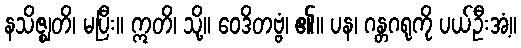
နသိဇ္ဈတိ၊ မပြီး။ ဣတိ၊ သို့။ ဝေဒိတဗ္ဗံ၊ ၏။ ပန၊ ဂန္တဂရုကို ပယ်ဦးအံ့။